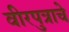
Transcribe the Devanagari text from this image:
वीरपुत्राचे